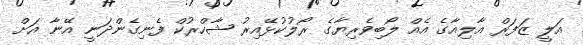
އަލީ ޒަފަރް އާލިއާގެ އެއް ލޯބިވެރިޔާގެ ރޯލުކުޅޭއިރު ޝާހްރުކް ފެނިގެންދަނީ އޭނާ އަށް